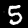
Label: 5